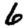
Digit: 6